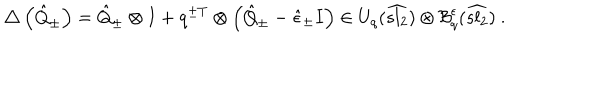
\triangle \left( \hat { Q } _ { \pm } \right) = \hat { Q } _ { \pm } \otimes I + q ^ { \pm T } \otimes \left( \hat { Q } _ { \pm } - \hat { \epsilon } _ { \pm } I \right) \in U _ { q } ( \widehat { s l _ { 2 } } ) \otimes \mathcal { B } _ { q } ^ { \epsilon } ( \widehat { s l _ { 2 } } ) \ .